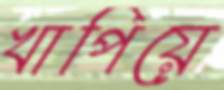
খাপিয়ে